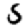
Digit: 5